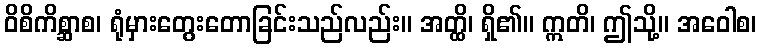
ဝိစိကိစ္ဆာစ၊ ရုံမှားတွေးတောခြင်းသည်လည်း။ အတ္ထိ၊ ရှိ၏။ ဣတိ၊ ဤသို့။ အဝေါစ၊